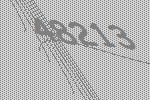
48213